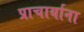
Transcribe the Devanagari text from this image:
प्राचार्याना